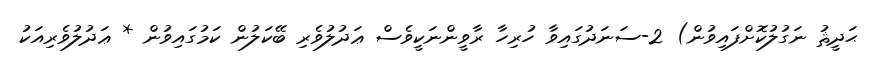
ޙަދީޘު ނަގުލުކޮށްފައިވުން) 2-ސަނަދުގައިވާ ހުރިހާ ރާވީންނަކީވެސް ޢަދުލުވެރި ބޭކަލުން ކަމުގައިވުން * ޢަދުލުވެރިއަކު